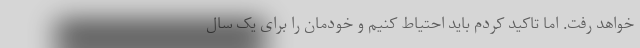
خواهد رفت. اما تاکید کردم باید احتیاط کنیم و خودمان را برای یک سال